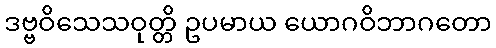
ဒဗ္ဗဝိသေသဝုတ္တိ ဥပမာယ ယောဂဝိဘာဂတော